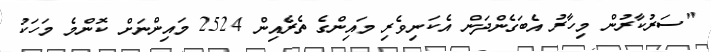
"ސަރުކާރުން މިހާރު އެބަގެންދަން އެކަނިވެރި މައިންގެ ތެރެއިން 2524 މައިންނަށް ކޮންމެ މަހަކު